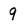
Character: 9